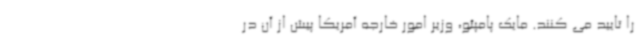
را تایید می کنند. مایک پامپئو، وزیر امور خارجه آمریکا پیش از آن در